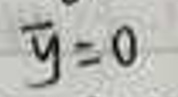
\(\overline{y}=0\)